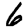
Digit: 6